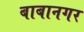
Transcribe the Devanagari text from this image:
बाबानगर